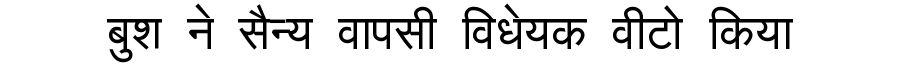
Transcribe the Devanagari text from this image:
बुश ने सैन्य वापसी विधेयक वीटो किया